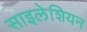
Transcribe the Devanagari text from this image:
साइलेशियन